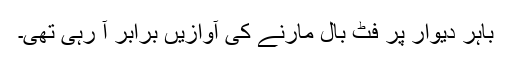
باہر دیوار پر فٹ بال مارنے کی آوازیں برابر آ رہی تھی۔